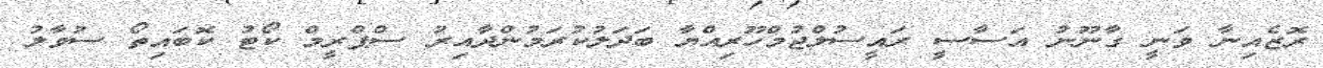
ރޮޒެއިނާ ވަނީ ގާނޫނު އަސާސީ ރައީސުލްޖުމްހޫރިއްޔާ ބަދަލުކުރަމުންދާއިރު ސްޕްރީމް ކޯޓު ކޮބައިތޯ ސުވާލު